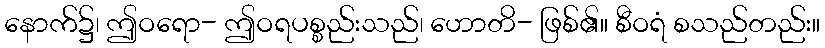
နောက်၌၊ ဤဝရော- ဤဝရပစ္စည်းသည်၊ ဟောတိ- ဖြစ်၏။ စီဝရံ စသည်တည်း။